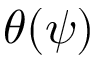
\theta ( \psi )